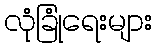
လုံခြုံရေးများ